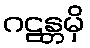
ဂဠန္တမှိ